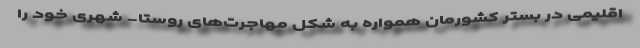
اقلیمی در بستر کشورمان همواره به شکل مهاجرت‌های روستا- شهری خود را